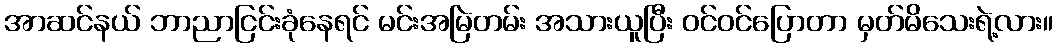
အာဆင်နယ် ဘာညာငြင်းခုံနေရင် မင်းအမြဲတမ်း အသားယူပြီး ဝင်ဝင်ပြောတာ မှတ်မိသေးရဲ့လား။